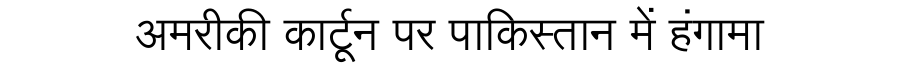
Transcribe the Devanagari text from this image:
अमरीकी कार्टून पर पाकिस्तान में हंगामा